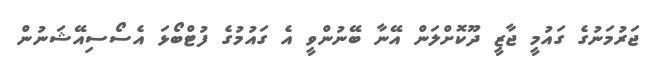
ޖަރުމަނުގެ ގައުމީ ޖާޒީ ދޫކޮށްލަން އޭނާ ބޭނުންވީ އެ ގައުމުގެ ފުޓްބޯޅަ އެސޯސިއޭޝަނުން